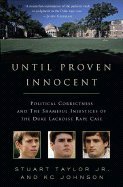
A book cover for Until Proven Innocent - Political Correctness & the Shameful Injustices of the Duke Lacrosse Rape Case (07) by Taylor, Stuart - Johnson, KC [Hardcover (2007)]; Taylor; Sports & Outdoors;